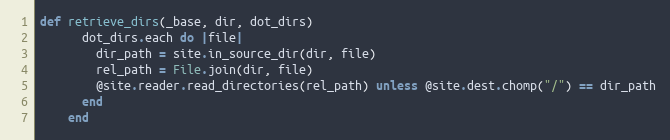
Language: Ruby
def retrieve_dirs(_base, dir, dot_dirs)
      dot_dirs.each do |file|
        dir_path = site.in_source_dir(dir, file)
        rel_path = File.join(dir, file)
        @site.reader.read_directories(rel_path) unless @site.dest.chomp("/") == dir_path
      end
    end